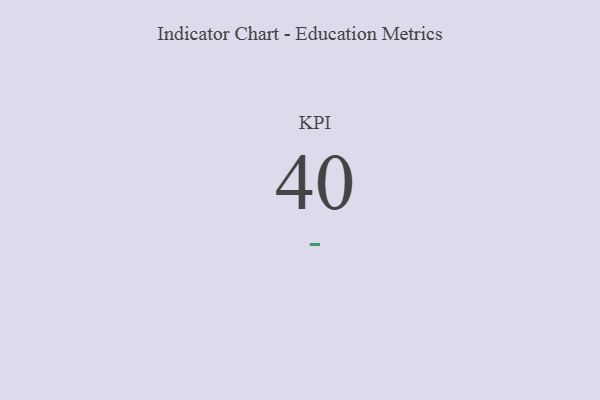
{"axis": {"x": "KPI", "y": "Value"}, "legend": [""], "data": [{"x": "KPI", "y": 40, "type": ""}]}